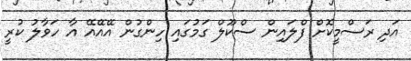
އަދި ރަސްމީކޮށް ފްލައިން ސްކޫލް ގަމުގައި ހިންގުން އޭއޭއޭ އާ ހަވާލު ކުރީ